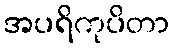
အပရိကုပိတာ